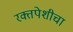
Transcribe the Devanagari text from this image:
रक्तपेशीचा